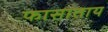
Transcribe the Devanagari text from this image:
फासाताय